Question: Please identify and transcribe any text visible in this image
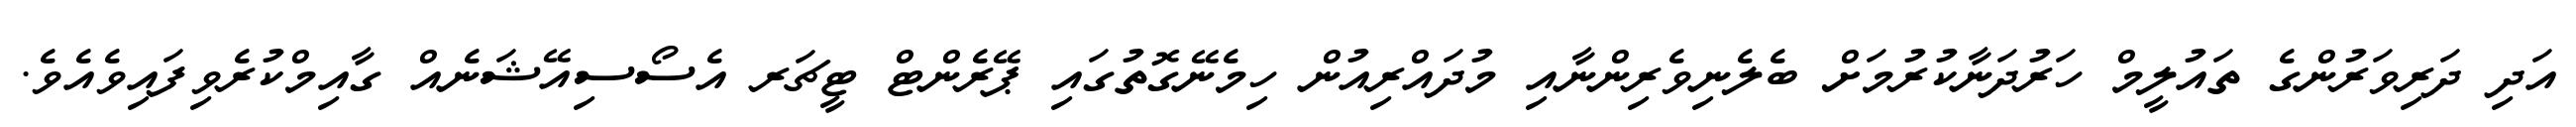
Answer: އަދި ދަރިވަރުންގެ ތައުލީމް ހަރުދަނާކުރުމަށް ބެލެނިވެރިންނާއި މުދައްރިއުން ހިމެނޭގޮތުގައި ޕޭރެންޓް ޓީޗަރ އެސޯސިއޭޝަނެއް ގާއިމްކުރެވިފައިވެއެވެ.